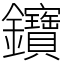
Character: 𨰰